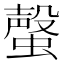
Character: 𧐡